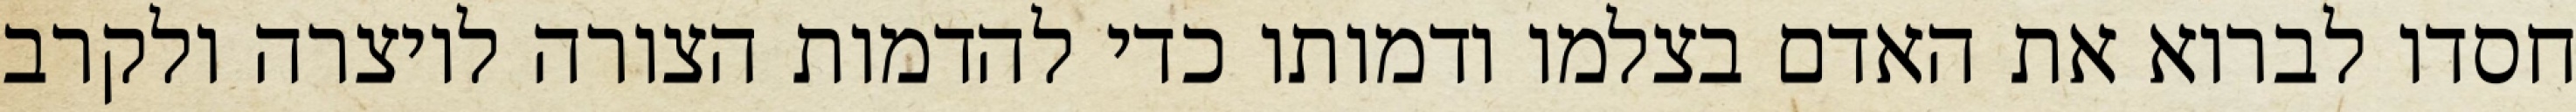
חסדו לברוא את האדם בצלמו ודמותו כדי להדמות הצורה ליוצרה ולקרב